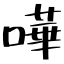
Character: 嘩